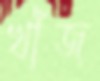
খাঁজ